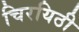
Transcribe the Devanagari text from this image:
चिरयिठी